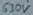
Text: 630µF